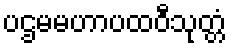
ပဌမမဟာပထဝီသုတ္တံ